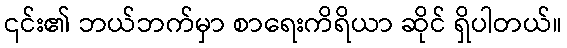
၎င်း၏ ဘယ်ဘက်မှာ စာရေးကိရိယာ ဆိုင် ရှိပါတယ်။